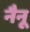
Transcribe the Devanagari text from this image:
नैनू